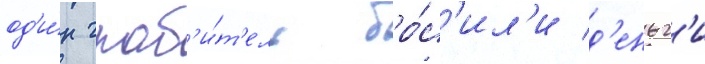
од'и́н граб'и́т'ель бро́с'ил'и д'еньг'и